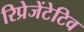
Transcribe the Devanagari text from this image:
रिप्रेजेंटेटिव